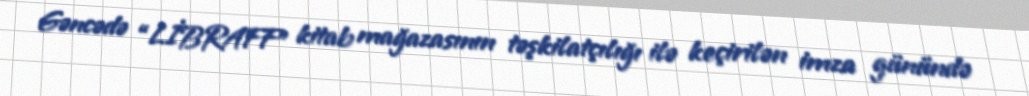
Gəncədə “LİBRAFF” kitab mağazasının təşkilatçılığı ilə keçirilən imza günündə